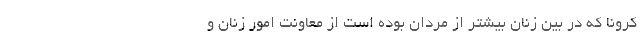
کرونا که در بین زنان بیشتر از مردان بوده است از معاونت امور زنان و